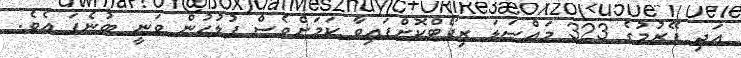
އަދި ފޭރުމުގެ 323 މައްސަލަ ރިޕޯޓްކޮށްފައިވާ ކަަމަށްވެސް ފުލުހުން ވަނީ ބުނެފަ އެވެ.